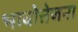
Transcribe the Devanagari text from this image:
भावोत्तेजना